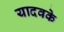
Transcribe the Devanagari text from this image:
यादवके